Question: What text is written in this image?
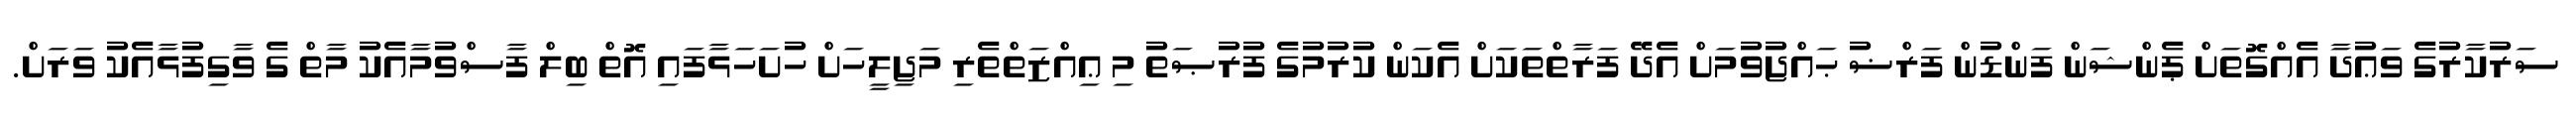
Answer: ސަރުކާރުގެ ވަޢުދާ އެއްގޮތަށް ޕެންޝަން ފަންޑުން ފަރްޟު ޙައްޖުވުމަށް އެދޭ ފަރާތްތަކަށް އެކަން ކުރުމުގެ ފުރުޞަތު މި ޢިއްޒަތްތެރި މަޖިލީހަށް ހުށަހަޅާފައި އޮތް ބިލް ފާސްވުމާއެކު މާތް ގެ ވާގިފުޅާއެކު ވަރަށް.